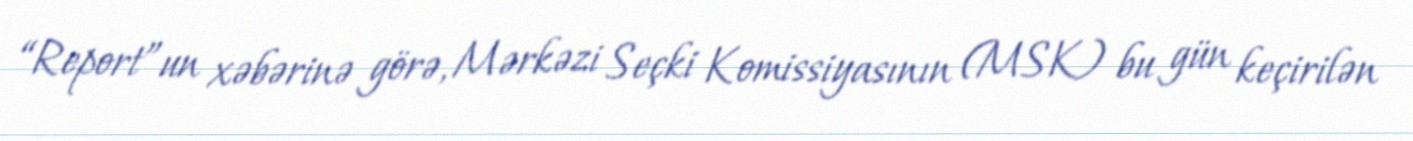
“Report”un xəbərinə görə, Mərkəzi Seçki Komissiyasının (MSK) bu gün keçirilən